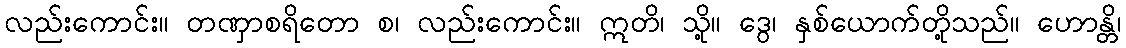
လည်းကောင်း။ တဏှာစရိတော စ၊ လည်းကောင်း။ ဣတိ၊ သို့။ ဒွေ၊ နှစ်ယောက်တို့သည်။ ဟောန္တိ၊